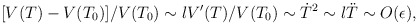
\begin{align*}[V(T)-V(T_0)]/V(T_0) \sim lV'(T)/V(T_0) \sim \dot{T}^2 \sim l\ddot{T} \sim O(\epsilon),\end{align*}